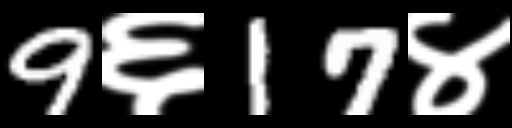
Text: 9६17४